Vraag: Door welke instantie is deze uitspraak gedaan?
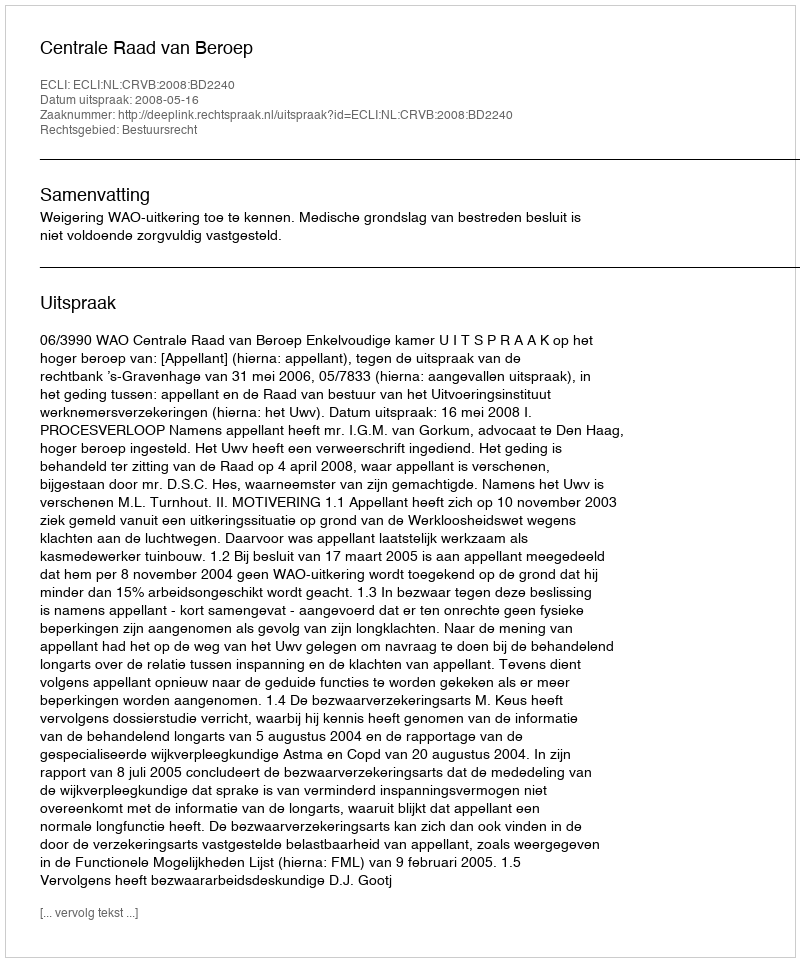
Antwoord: Centrale Raad van Beroep